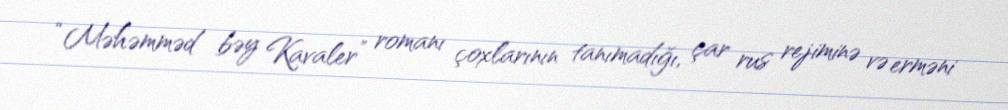
“Məhəmməd bəy Kavaler” romanı çoxlarının tanımadığı, çar rus rejiminə və erməni